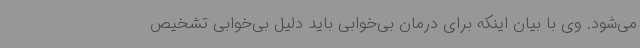
می‌شود. وی با بیان اینکه برای درمان بی‌خوابی باید دلیل بی‌خوابی تشخیص